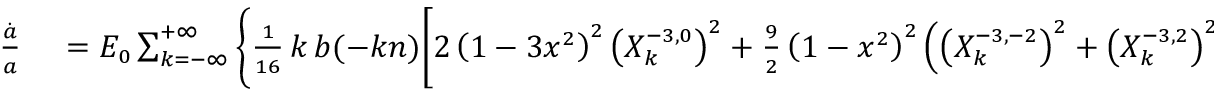
\small \begin{array} { r l } { \frac { \dot { a } } { a } } & { { } = { \cal E } _ { 0 } \sum _ { k = - \infty } ^ { + \infty } \Bigg \{ \frac { 1 } { 1 6 } \, k \, b ( - k n ) \bigg [ 2 \left( 1 - 3 x ^ { 2 } \right) ^ { 2 } \left( X _ { k } ^ { - 3 , 0 } \right) ^ { 2 } + \frac 9 2 \left( 1 - x ^ { 2 } \right) ^ { 2 } \left( \left( X _ { k } ^ { - 3 , - 2 } \right) ^ { 2 } + \left( X _ { k } ^ { - 3 , 2 } \right) ^ { 2 } \right) } \end{array}